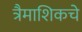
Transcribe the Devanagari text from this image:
त्रैमाशिकचे